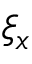
\xi _ { x }